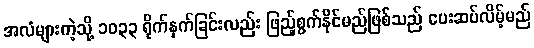
အလံများကဲ့သို့ ၁၀၃၃ ရိုက်နှက်ခြင်းလည်း ဖြည့်စွက်နိုင်မည်ဖြစ်သည် ပေးဆပ်လိမ့်မည်